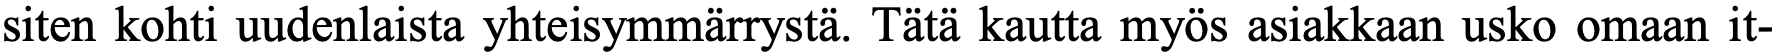
siten kohti uudenlaista yhteisymmärrystä. Tätä kautta myös asiakkaan usko omaan it-